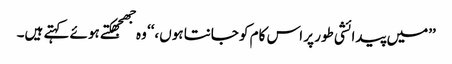
’’میں پیدائشی طور پر اس کام کو جانتا ہوں،‘‘ وہ جھجھکتے ہوئے کہتے ہیں۔